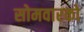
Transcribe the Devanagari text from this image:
सोमवारको